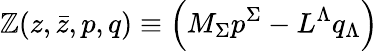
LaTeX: \mathbb{Z}(z,\bar{{z}},{p},{q})\equiv\left(M_{\Sigma}{p}^{\Sigma}-L^{\Lambda}{q}_{\Lambda}\right)